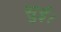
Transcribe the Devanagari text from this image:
सुई।